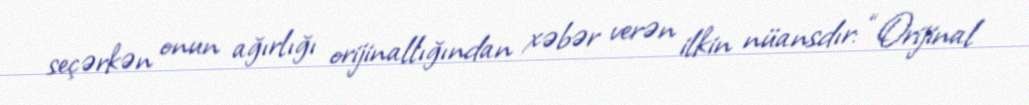
seçərkən onun ağırlığı orijinallığından xəbər verən ilkin nüansdır: “Orijinal